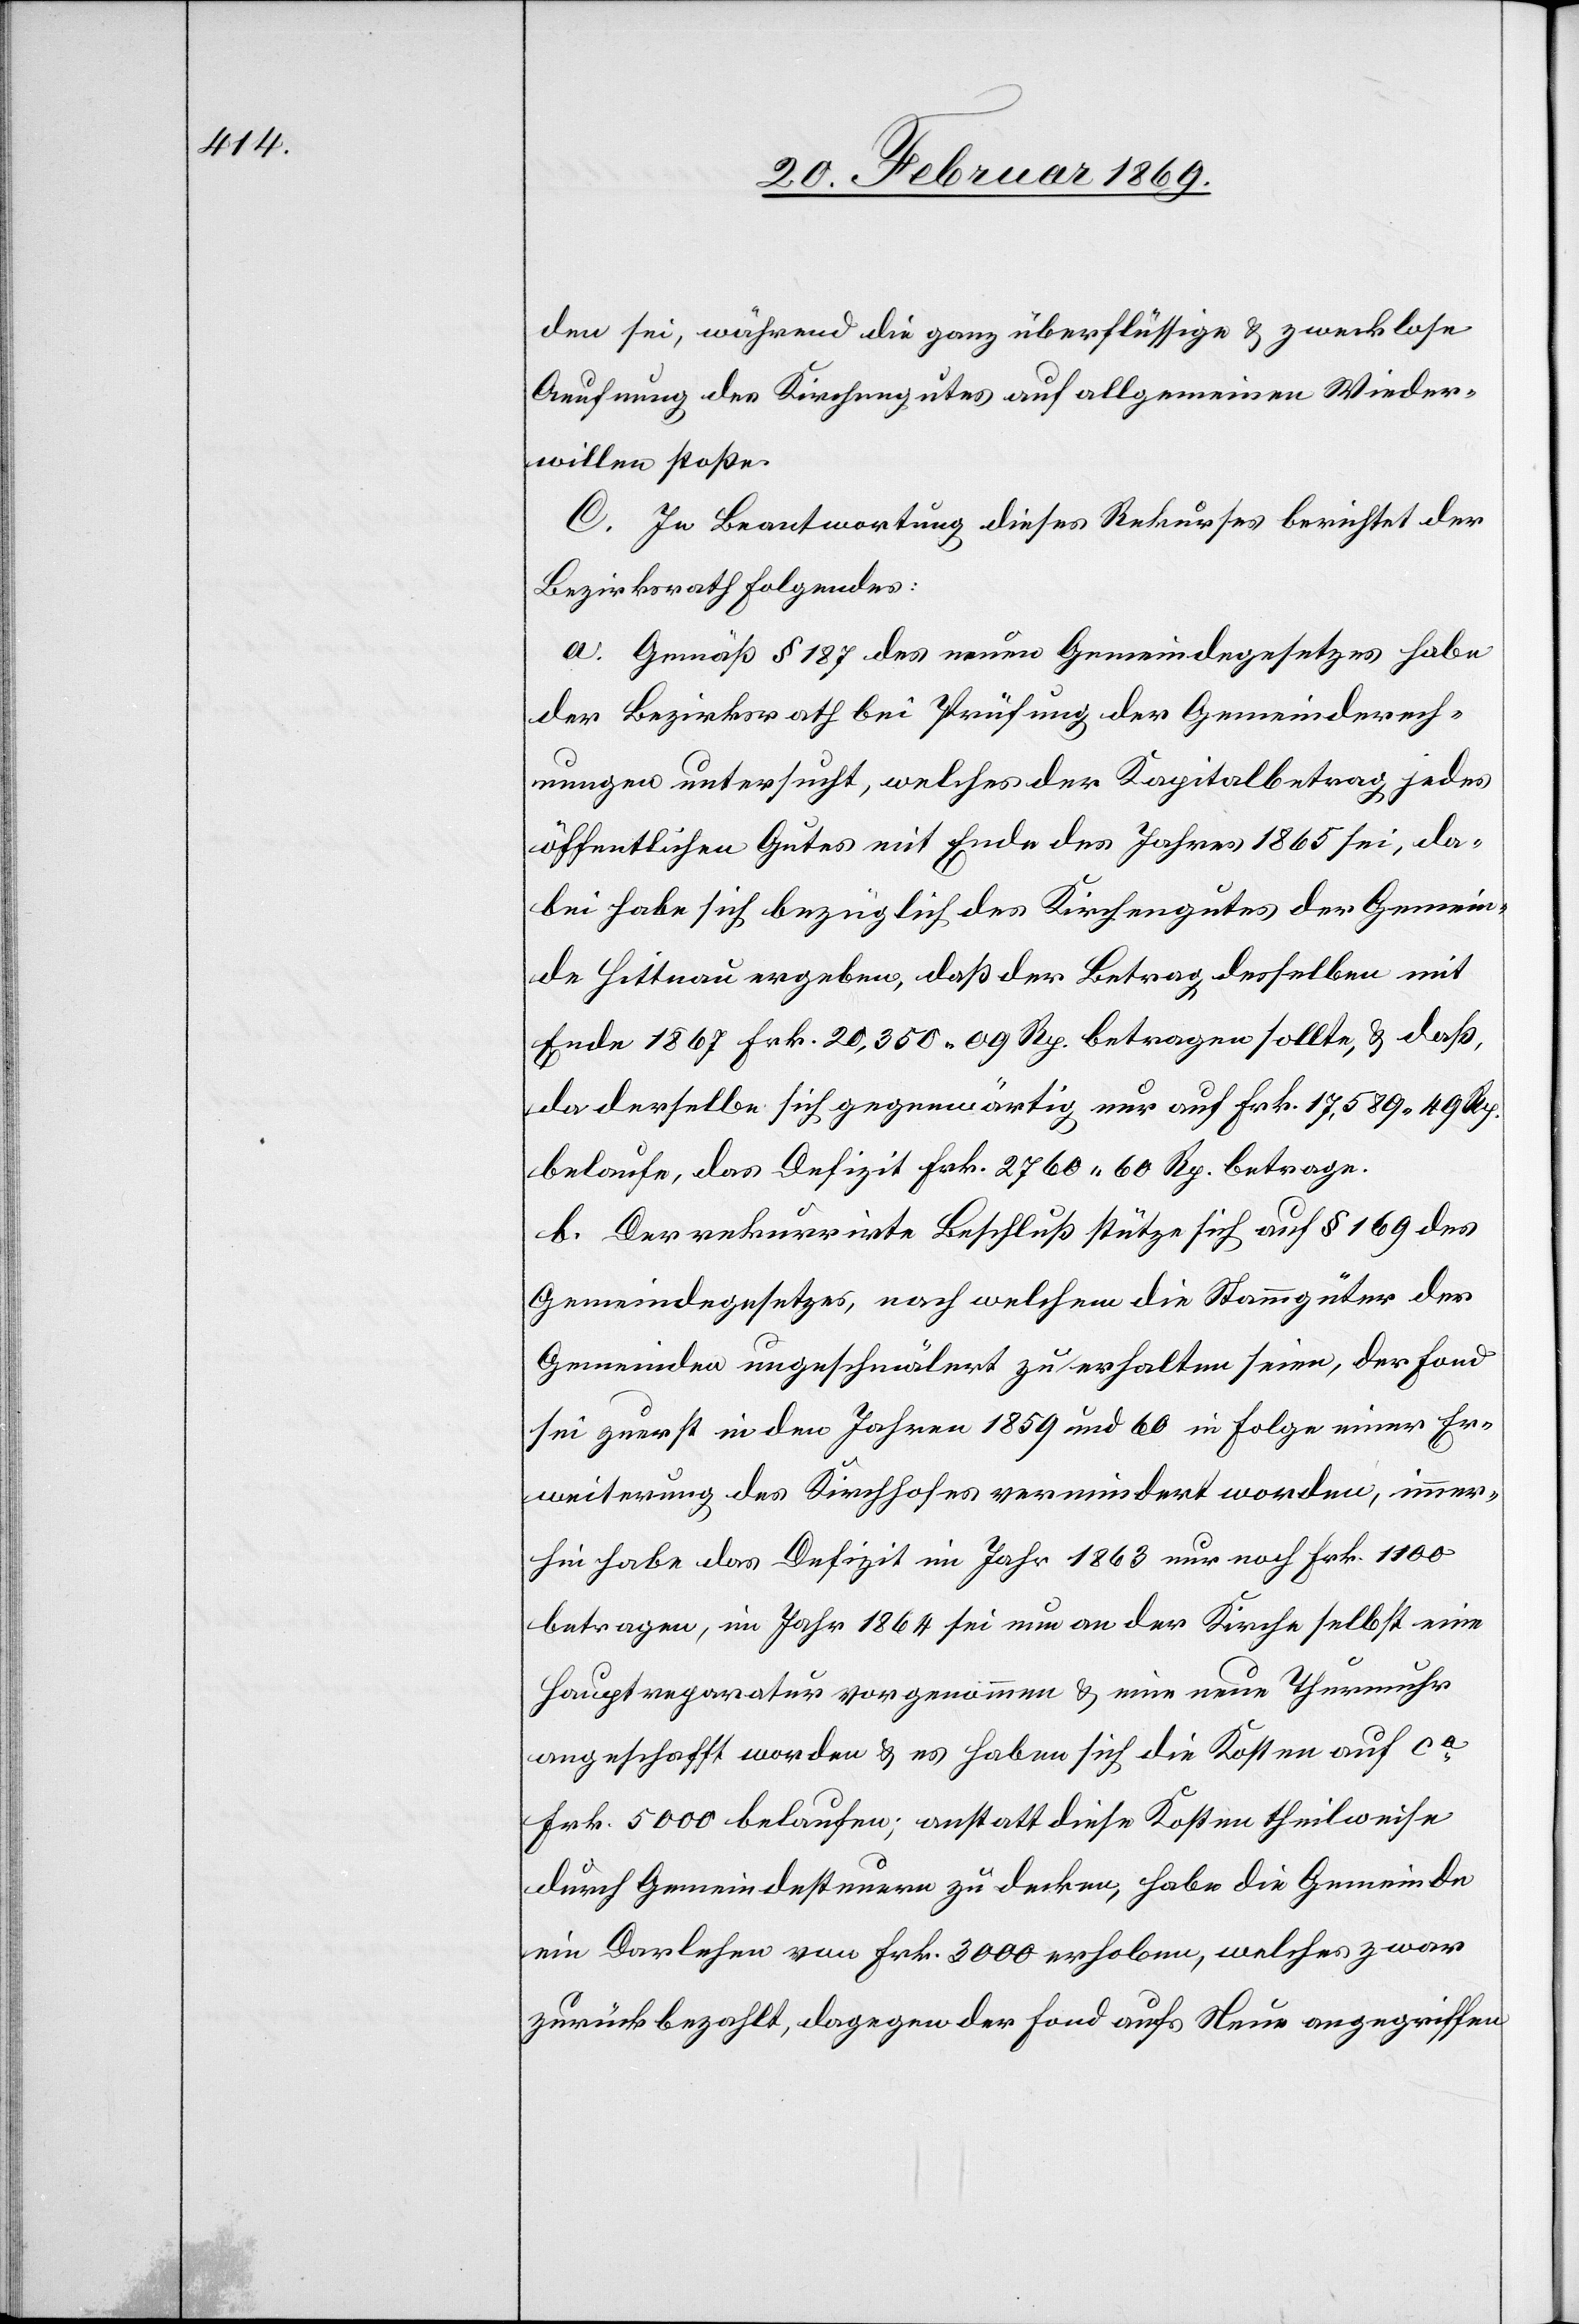
den sei, während die ganz überflüssige & Zwecklose
Aeufnung des Kirchengutes auf allgemeinen Wieder¬
willen stoßen.
C. In Beantwortung dieses Rekurses berichtet der
Bezirksrath folgendes:
a. Gemäß § 187 des neuen Gemeindgesetzes habe
der Bezirksrath bei Prüfung der Gemeinderech¬
nungen untersucht, welches der Kapitalbetrag jedes
öffentlichen Gutes mit Ende des Jahres 1865 sei, da¬
bei habe sich bezüglich des Kirchengutes der Gemein¬
de Hittnau ergeben, daß der Betrag derselben mit
Ende 1867 Frk. 20,350 09 Rp. betragen sollte, & daß,
da derselbe sich gegenwärtig nur auf Frk. 17,589 49 Rp.
belaufe, das Defizit Frk. 2760 60 Rp. betrage.
b. Der rekurrirte Beschluß stütze sich auf § 169 des
Gemeindegesetzes, nach welchem die Stammgüter der
Gemeinden ungeschmälert zu erhalten seien, der Fond
sei zuerst in den Jahren 1859 und 60 in Folge einer Er¬
weiterung des Kirchhofes vermindert worden, immer¬
hin habe das Defizit im Jahr 1863 nur noch Frk. 1100
betragen, im Jahr 1864 sei nun an der Kirche selbst eine
Hauptreparatur vorgenommen & eine neue Thurmuhr
angeschafft worden & es haben sich die Kosten auf c¬
a 5000 belaufen; anstatt diese Kosten theilweise
durch Gemeindesteuern zu decken, habe die Gemeinde
ein Darlehen von Frk. 3000 erhoben, welches zwar
zurückbezahlt, dagegen der Fond aufs Neue angegriffen